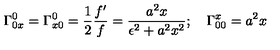
\Gamma _ { 0 x } ^ { 0 } = \Gamma _ { x 0 } ^ { 0 } = \frac { 1 } { 2 } \frac { f ^ { \prime } } { f } = \frac { a ^ { 2 } x } { \epsilon ^ { 2 } + a ^ { 2 } x ^ { 2 } } ; \quad \Gamma _ { 0 0 } ^ { x } = a ^ { 2 } x